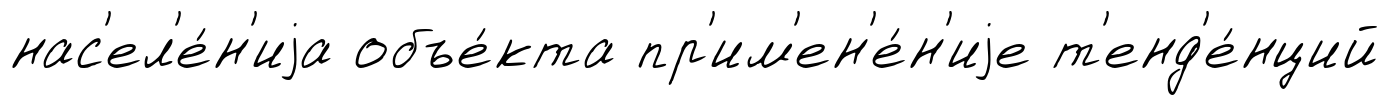
нас'ел'е́н'иjа объе́кта пр'им'ен'е́н'иjе т'енд'е́нций